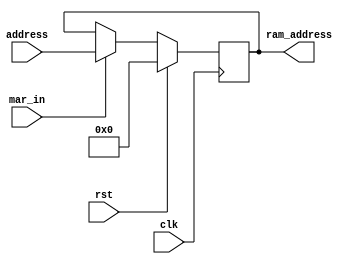
// `include "../register/register.v"

module mar (
    input wire clk,
    input wire rst,
    input wire mar_in,
    input wire [7:0] address,
    output wire [7:0] ram_address
);

    reg [7:0] internal_mar;

    assign ram_address = internal_mar;

    always @(posedge clk) begin
        if (rst)
            internal_mar <= 0;
        else if (mar_in)
            internal_mar <= address;
        else
            internal_mar <= internal_mar;
    end

    // register #(
    //     .N(8)
    // ) mar_register (
    //     .clk(clk),
    //     .rst(rst),
    //     .register_in(mar_in),
    //     .register_out(1'b1),
    //     .data(address)
    // );

endmodule